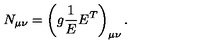
N _ { \mu \nu } = \left( g \frac { 1 } { E } E ^ { T } \right) _ { \mu \nu } .